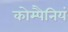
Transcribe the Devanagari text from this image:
कोम्पैनियं